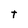
Character: t